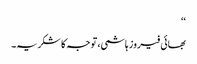
‘‘
بھائی فیروز ہاشمی، توجہ کا شکریہ۔